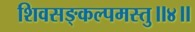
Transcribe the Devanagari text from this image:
शिवसङ्कल्पमस्तु॥४॥